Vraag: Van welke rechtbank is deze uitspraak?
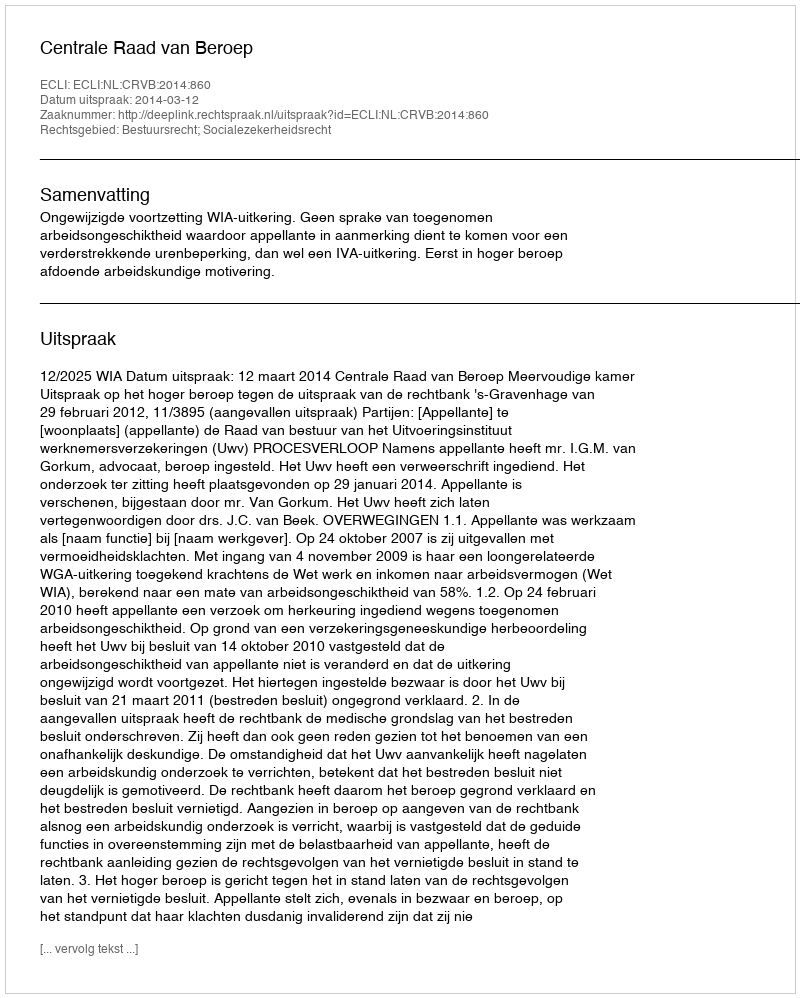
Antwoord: Centrale Raad van Beroep